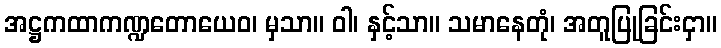
အဋ္ဌကထာကဏ္ဍတောယေဝ၊ မှသာ။ ဝါ၊ နှင့်သာ။ သမာနေတုံ၊ အတူပြုခြင်းငှာ။